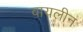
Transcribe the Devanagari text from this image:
वायलीन